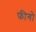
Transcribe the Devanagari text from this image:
फीगो